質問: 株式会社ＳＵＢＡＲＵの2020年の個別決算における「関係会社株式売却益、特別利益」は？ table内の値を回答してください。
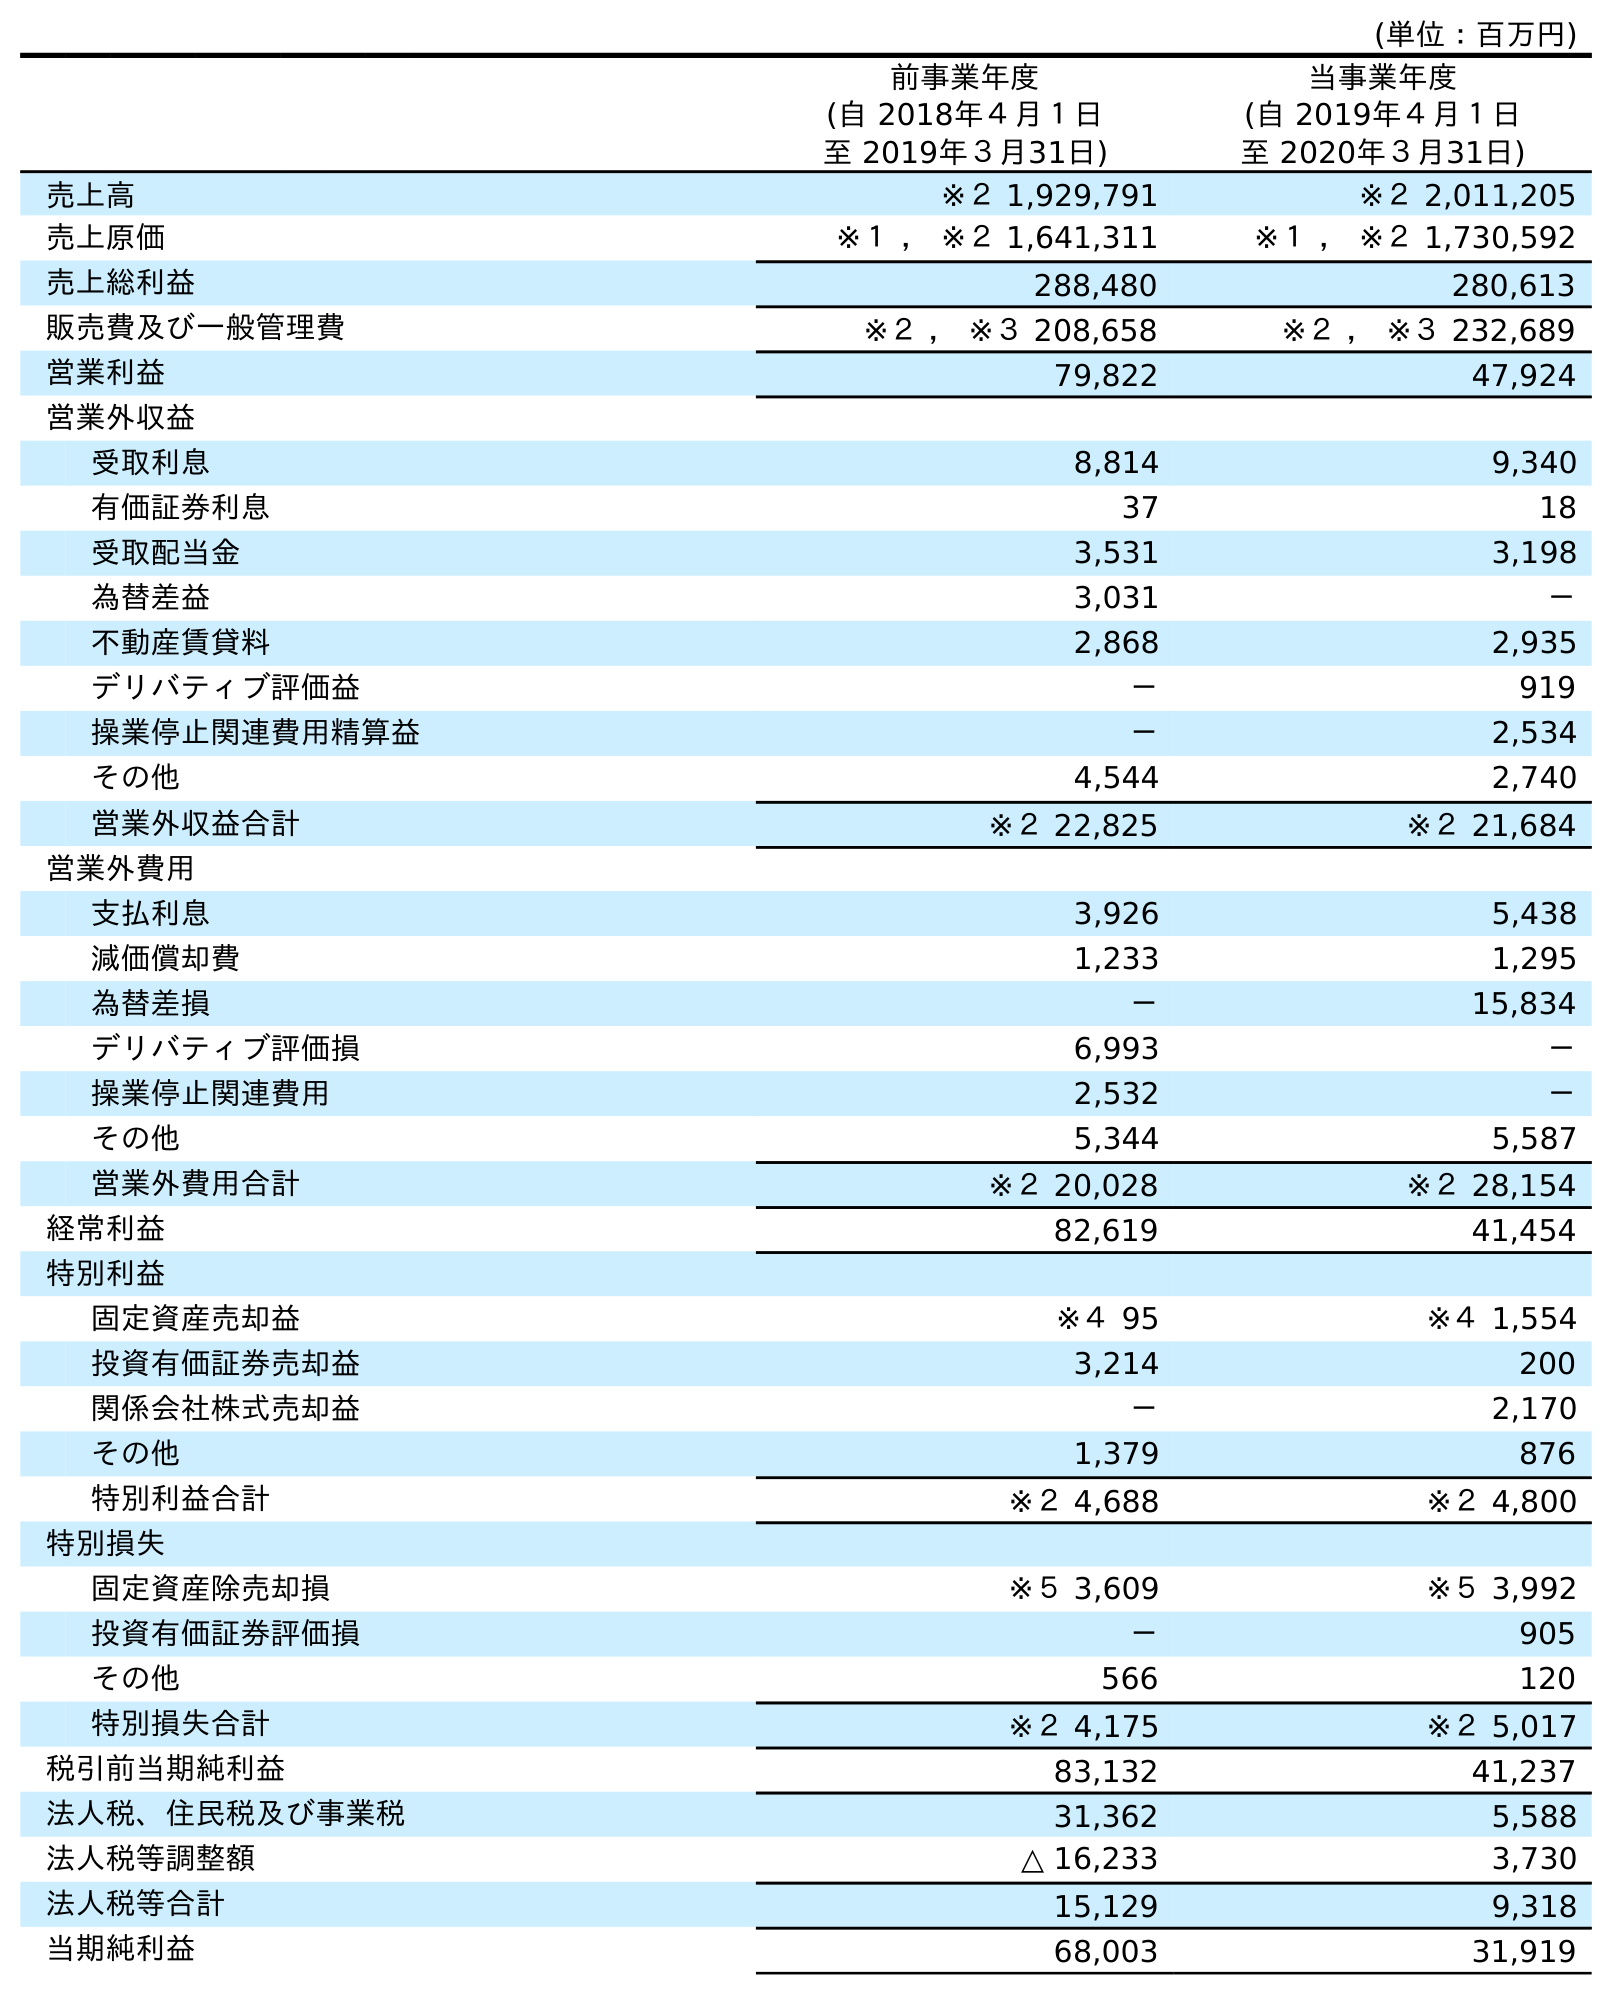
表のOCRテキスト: (単位：百万円) 前事業年度 (自 2018年４月１日 至 2019年３月31日) 当事業年度 (自 2019年４月１日 至 2020年３月31日) 売上高 ※２ 1,929,791 ※２ 2,011,205 売上原価 ※１ ， ※２ 1,641,311 ※１ ， ※２ 1,730,592 売上総利益 288,480 280,613 販売費及び一般管理費 ※２ ， ※３ 208,658 ※２ ， ※３ 232,689 営業利益 79,822 47,924 営業外収益 受取利息 8,814 9,340 有価証券利息 37 18 受取配当金 3,531 3,198 為替差益 3,031 － 不動産賃貸料 2,868 2,935 デリバティブ評価益 － 919 操業停止関連費用精算益 － 2,534 その他 4,544 2,740 営業外収益合計 ※２ 22,825 ※２ 21,684 営業外費用 支払利息 3,926 5,438 減価償却費 1,233 1,295 為替差損 － 15,834 デリバティブ評価損 6,993 － 操業停止関連費用 2,532 － その他 5,344 5,587 営業外費用合計 ※２ 20,028 ※２ 28,154 経常利益 82,619 41,454 特別利益 固定資産売却益 ※４ 95 ※４ 1,554 投資有価証券売却益 3,214 200 関係会社株式売却益 － 2,170 その他 1,379 876 特別利益合計 ※２ 4,688 ※２ 4,800 特別損失 固定資産除売却損 ※５ 3,609 ※５ 3,992 投資有価証券評価損 － 905 その他 566 120 特別損失合計 ※２ 4,175 ※２ 5,017 税引前当期純利益 83,132 41,237 法人税、住民税及び事業税 31,362 5,588 法人税等調整額 △ 16,233 3,730 法人税等合計 15,129 9,318 当期純利益 68,003 31,919
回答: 2,170